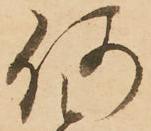
何